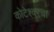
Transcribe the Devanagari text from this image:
कोटेश्वरचा